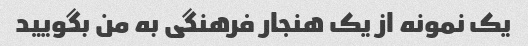
یک نمونه از یک هنجار فرهنگی به من بگویید